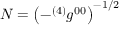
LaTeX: N = \left( - { ^ { ( 4 ) } g ^ { 0 0 } } \right) ^ { - 1 / 2 }